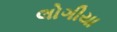
લોગીયા